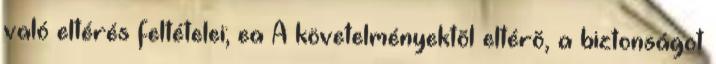
való eltérés feltételei; ea A követelményektõl eltérõ, a biztonságot